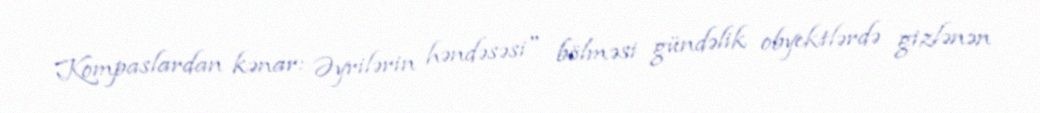
Kompaslardan kənar: Əyrilərin həndəsəsi" bölməsi gündəlik obyektlərdə gizlənən